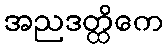
အညဒတ္ထိကေ